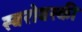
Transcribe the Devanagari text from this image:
स्वरोवस्की